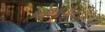
ભોમાપારડી